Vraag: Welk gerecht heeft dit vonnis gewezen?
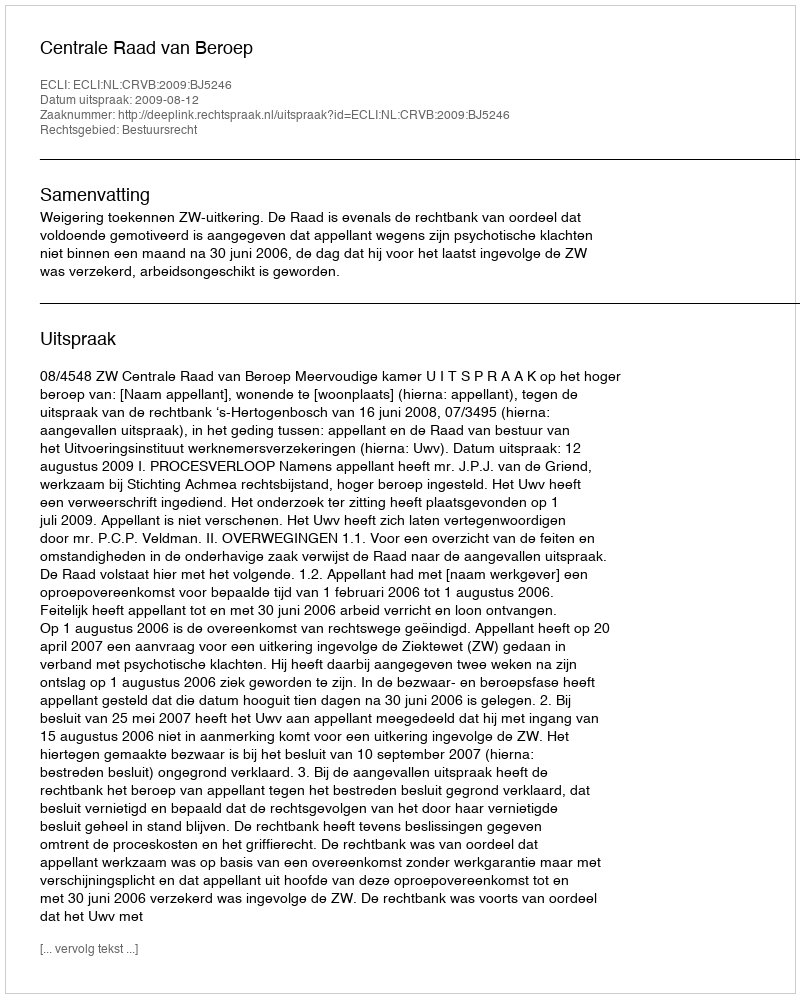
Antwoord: Centrale Raad van Beroep